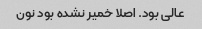
عالی بود. اصلا خمیر نشده بود نون